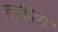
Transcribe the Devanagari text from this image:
सांद्राभ